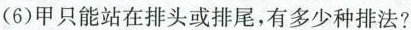
(6)甲只能站在排头或排尾，有多少种排法?